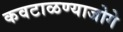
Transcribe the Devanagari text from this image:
कवटाळण्याजोगे